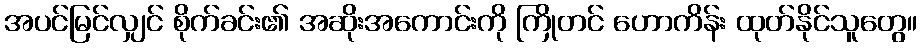
အပင်မြင်လျှင် စိုက်ခင်း၏ အဆိုးအကောင်းကို ကြိုတင် ဟောကိန်း ထုတ်နိုင်သူတွေ။